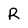
Character: R